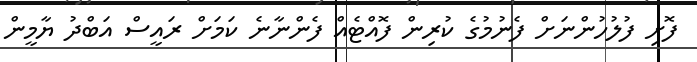
ފޮށި ފުލުހުންނަށް ފެނުމުގެ ކުރިން ފޮއްޓެއް ފެންނާނެ ކަމަށް ރައީސް އަބްދު ޔާމީން